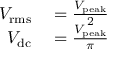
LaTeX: \begin{array} { r l } { V _ { \mathrm { r m s } } } & { { } = { \frac { V _ { \mathrm { p e a k } } } { 2 } } } \\ { V _ { \mathrm { d c } } } & { { } = { \frac { V _ { \mathrm { p e a k } } } { \pi } } } \end{array}